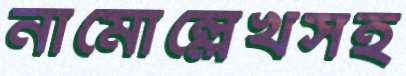
নামোল্লেখসহ